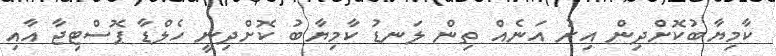
ކާމިޔާބުކޮށްދިން އިރު އަނެއް ތިން ލަނޑު ކާމިޔާބު ކޮށްދިނީ ހެލްޑާ ޕޮސްޓިޖާ އާއި